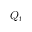
Q _ { t }